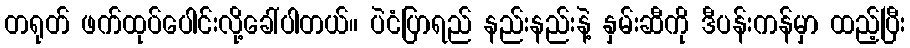
တရုတ် ဖက်ထုပ်ပေါင်းလို့ခေါ်ပါတယ်။ ပဲငံပြာရည် နည်းနည်းနဲ့ နှမ်းဆီကို ဒီပန်းကန်မှာ ထည့်ပြီး